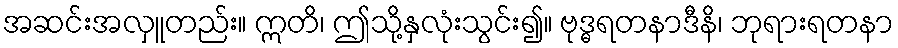
အဆင်းအလှူတည်း။ ဣတိ၊ ဤသို့နှလုံးသွင်း၍။ ဗုဒ္ဓရတနာဒီနိ၊ ဘုရားရတနာ